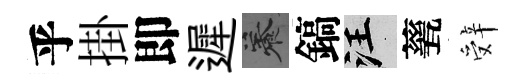
乎掛即遲養鎬汪甆辤